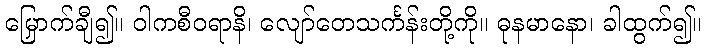
မြှောက်ချီ၍။ ဝါကစီဝရာနိ၊ လျော်တေသင်္ကန်းတို့ကို။ ဓုနမာနော၊ ခါထွက်၍။